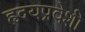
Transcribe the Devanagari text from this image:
हृदयप्रवेशी